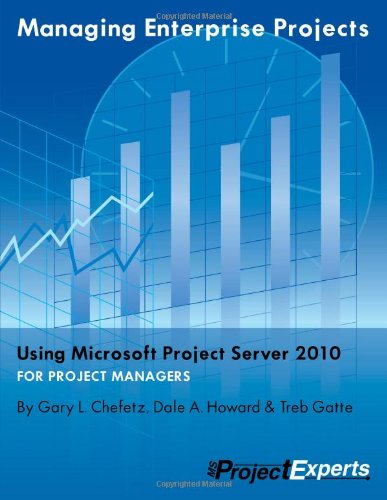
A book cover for Managing Enterprise Projects Using Microsoft Project Server 2010; Gary L. Chefetz; Computers & Technology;